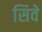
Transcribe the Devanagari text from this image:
सिवे